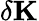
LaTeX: \delta\mathbf{K}